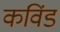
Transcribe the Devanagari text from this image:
कविंड